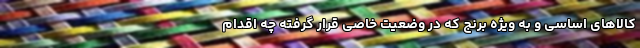
کالاهای اساسی و به ویژه برنج که در وضعیت خاصی قرار گرفته چه اقدام